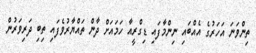
ތިންވަނަ އަހަރުގެ އެއްބައި ނިންމާފައި ޑިގްރީއާ ހަމައަށް ދާން ތައްޔާރުވެފައި ތިބި ދަރިވަރުން